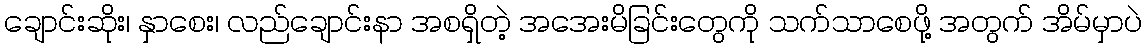
ချောင်းဆိုး၊ နှာစေး၊ လည်ချောင်းနာ အစရှိတဲ့ အအေးမိခြင်းတွေကို သက်သာစေဖို့ အတွက် အိမ်မှာပဲ